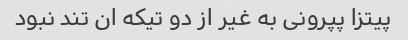
پیتزا پپرونی به غیر از دو تیکه ان تند نبود